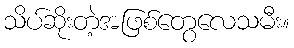
သိပ်ဆိုးတဲ့အဖြစ်တွေလေသမီး။